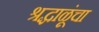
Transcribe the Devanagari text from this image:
श्रद्धाळूंचा